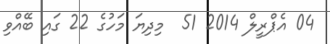
04 އެޕްރީލް 2014 51  މިދިޔަ މަހުގެ 22 ގައި ބޭއްވި